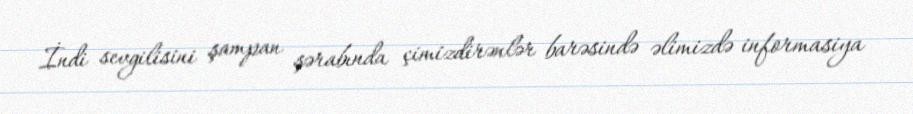
İndi sevgilisini şampan şərabında çimizdirənlər barəsində əlimizdə informasiya